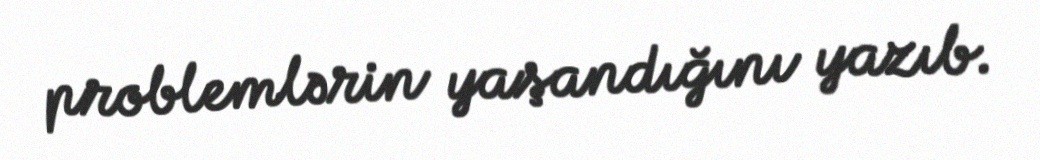
problemlərin yaşandığını yazıb.